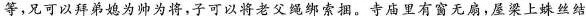
等,兄可以拜弟媳为帅为将,子可以将老父绳绑索捆。寺庙里有窗无扇,屋梁上蛛丝结